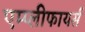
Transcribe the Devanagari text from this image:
एम्प्लीफायर्स